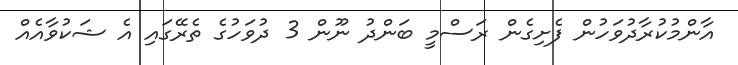
އާންމުކުރާދުވަހުން ފެށިގެން ރަސްމީ ބަންދު ނޫން 3 ދުވަހުގެ ތެރޭގައި އެ ޝަކުވާއެއް